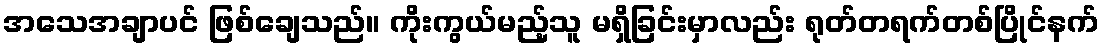
အသေအချာပင် ဖြစ်ချေသည်။ ကိုးကွယ်မည့်သူ မရှိခြင်းမှာလည်း ရုတ်တရက်တစ်ပြိုင်နက်